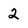
Character: 2